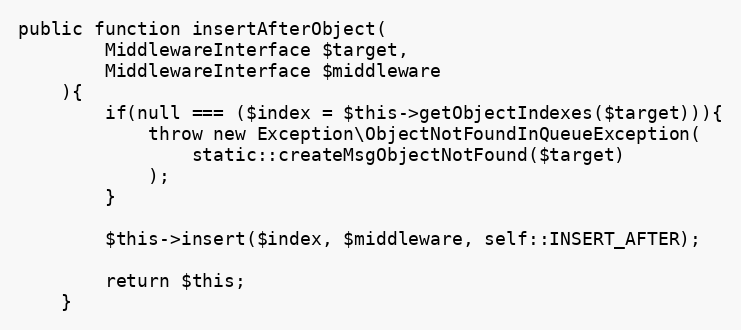
Language: PHP
public function insertAfterObject(
        MiddlewareInterface $target,
        MiddlewareInterface $middleware
    ){
        if(null === ($index = $this->getObjectIndexes($target))){
            throw new Exception\ObjectNotFoundInQueueException(
                static::createMsgObjectNotFound($target)
            );
        }

        $this->insert($index, $middleware, self::INSERT_AFTER);

        return $this;
    }